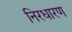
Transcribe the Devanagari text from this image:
निरधारण